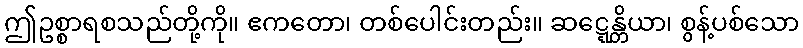
ဤဥစ္စာရစသည်တို့ကို။ ဧကတော၊ တစ်ပေါင်းတည်း။ ဆဋ္ဋေန္တိယာ၊ စွန့်ပစ်သော